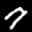
Label: 7